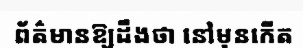
ព័ត៌មានឱ្យដឹងថា នៅមុនកើត